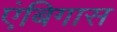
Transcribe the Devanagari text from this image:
एंबिगास